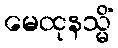
မေထုနသ္မိံ